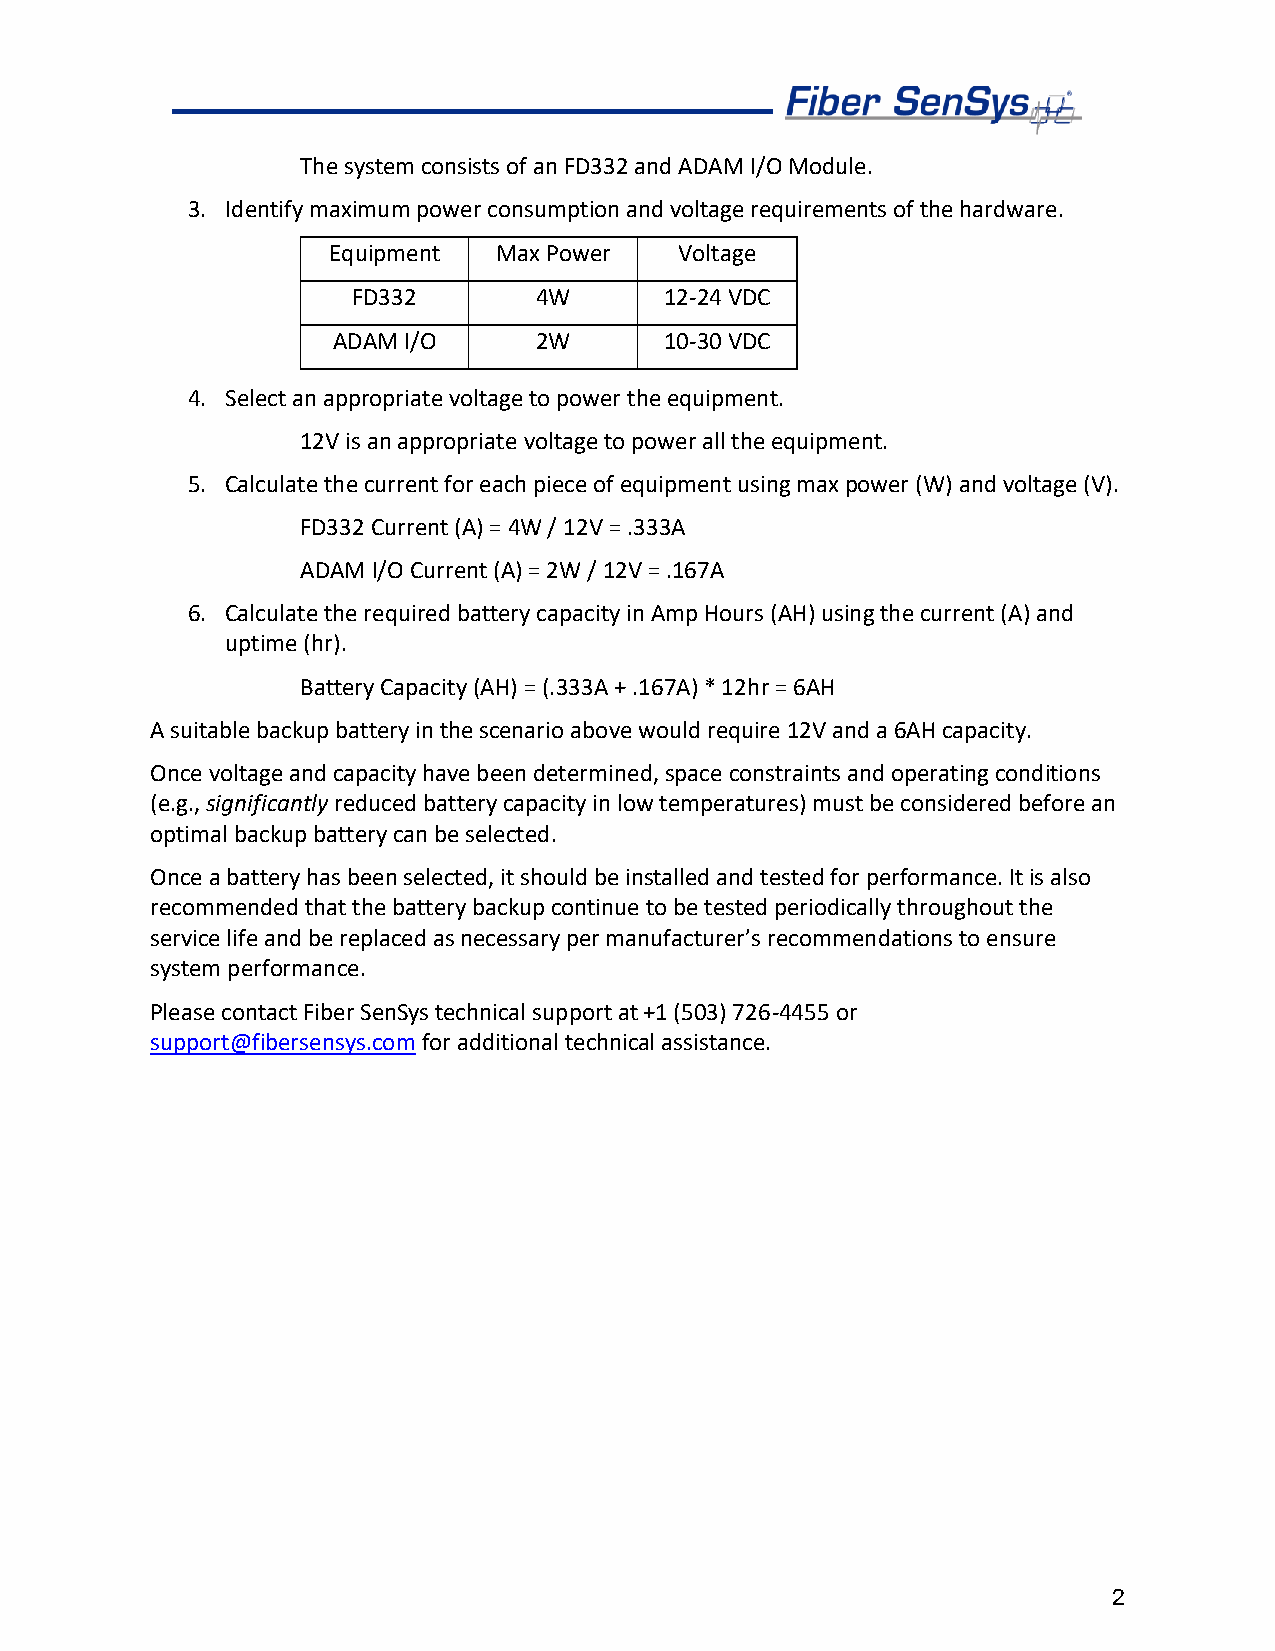
The system consists of an FD332 and ADAM I/O Module.
 3. Identify maximum power consumption and voltage requirements of the hardware.
 Equipment  Max Power   Voltage
 FD332       4W       12-24 VDC
 ADAM I/O     2W       10-30 VDC
 4. Select an appropriate voltage to power the equipment.
 12V is an appropriate voltage to power all the equipment.
 5. Calculate the current for each piece of equipment using max power (W) and voltage (V).
 FD332 Current (A) = 4W / 12V = .333A
 ADAM I/O Current (A) = 2W / 12V = .167A
 6. Calculate the required battery capacity in Amp Hours (AH) using the current (A) and
 uptime (hr).
 Battery Capacity (AH) = (.333A + .167A) * 12hr = 6AH
 A suitable backup battery in the scenario above would require 12V and a 6AH capacity.
 Once voltage and capacity have been determined, space constraints and operating conditions
 (e.g., significantly reduced battery capacity in low temperatures) must be considered before an
 optimal backup battery can be selected.
 Once a battery has been selected, it should be installed and tested for performance. It is also
 recommended that the battery backup continue to be tested periodically throughout the
 service life and be replaced as necessary per manufacturer’s recommendations to ensure
 system performance.
 Please contact Fiber SenSys technical support at +1 (503) 726-4455 or
 support@fibersensys.com for additional technical assistance.
 2